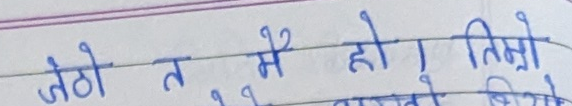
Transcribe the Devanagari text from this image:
जेठो त मैं हो । तिम्रो